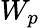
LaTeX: W_{p}